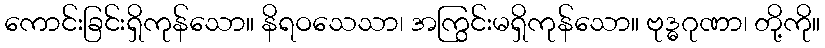
ကောင်းခြင်းရှိကုန်သော။ နိရဝသေသာ၊ အကြွင်းမရှိကုန်သော။ ဗုဒ္ဓဂုဏာ၊ တို့ကို။